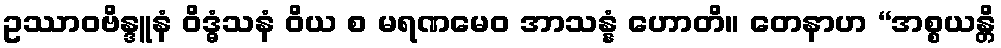
ဥဿာဝဗိန္ဒူနံ ဝိဒ္ဓံသနံ ဝိယ စ မရဏမေဝ အာသန္နံ ဟောတိ။ တေနာဟ “အစ္စယန္တိ